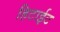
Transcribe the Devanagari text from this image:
हिटाईट